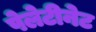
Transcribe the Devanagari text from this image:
पेलेटीनेट